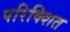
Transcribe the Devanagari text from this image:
परिक्शित